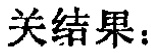
关结果：